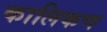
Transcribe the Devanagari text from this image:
कालिकण